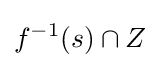
f^{-1}(s)\cap Z